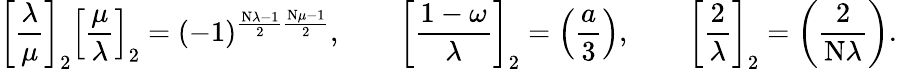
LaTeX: \left[{\frac{\lambda}{\mu}}\right]_{2}\left[{\frac{\mu}{\lambda}}\right]_{2}=(-1)^{{\frac{\mathrm{N}\lambda-1}{2}}{\frac{\mathrm{N}\mu-1}{2}}},\qquad\left[{\frac{1-\omega}{\lambda}}\right]_{2}=\left({\frac{a}{3}}\right),\qquad\left[{\frac{2}{\lambda}}\right]_{2}=\left({\frac{2}{\mathrm{N}\lambda}}\right).